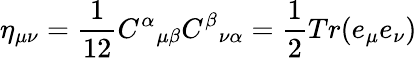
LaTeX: \eta_{\mu\nu}=\frac{1}{12}{C^{\alpha}}_{\mu\beta}{C^{\beta}}_{\nu\alpha}=\frac{1}{2}Tr(e_{\mu}e_{\nu})